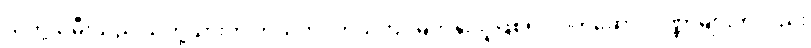
သတို့သမီးသည် သတို့သားကို ကိုယ်တိုင်ကိုယ်ကျ မြတ်နိုးသူဖြစ်၍ လက်ဆောင်ပဏ္ဏာများကိုလည်း